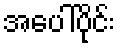
အပေါ်ပိုင်း